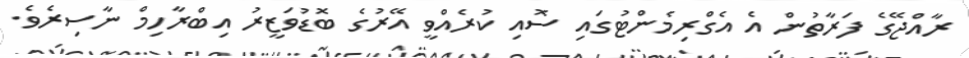
ރާއްޖޭގެ ފަރާތުން އެ އެގްރިމެންޓުގައި ސޮއި ކުރެއްވީ އޭރުގެ ބޮޑުވަޒީރު އިބްރާހިމް ނާސިރެވެ.